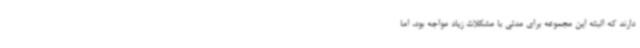
دارند که البته این مجموعه برای مدتی با مشکلات زیاد مواجه بود، اما